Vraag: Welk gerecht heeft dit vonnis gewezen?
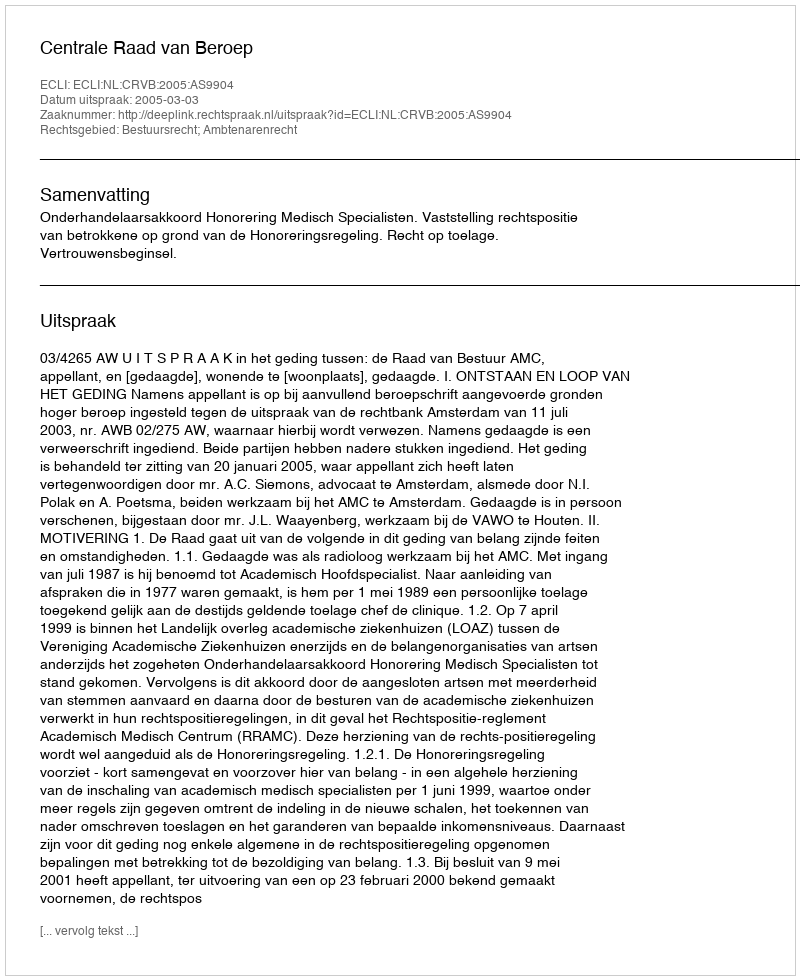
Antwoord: Centrale Raad van Beroep